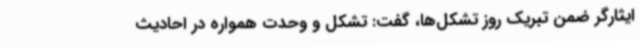
ایثارگر ضمن تبریک روز تشکل‌ها، گفت: تشکل‌ و وحدت همواره در احادیث